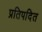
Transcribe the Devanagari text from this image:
प्रतिपदित